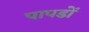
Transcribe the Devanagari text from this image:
पापडों